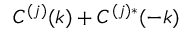
C ^ { ( j ) } ( k ) + C ^ { ( j ) * } ( - k )